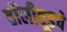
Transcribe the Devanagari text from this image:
हॉलीवूडचे